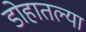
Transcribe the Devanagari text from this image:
डोहातल्या